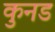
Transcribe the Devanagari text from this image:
कुनड